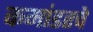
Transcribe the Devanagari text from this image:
कमांडरचे